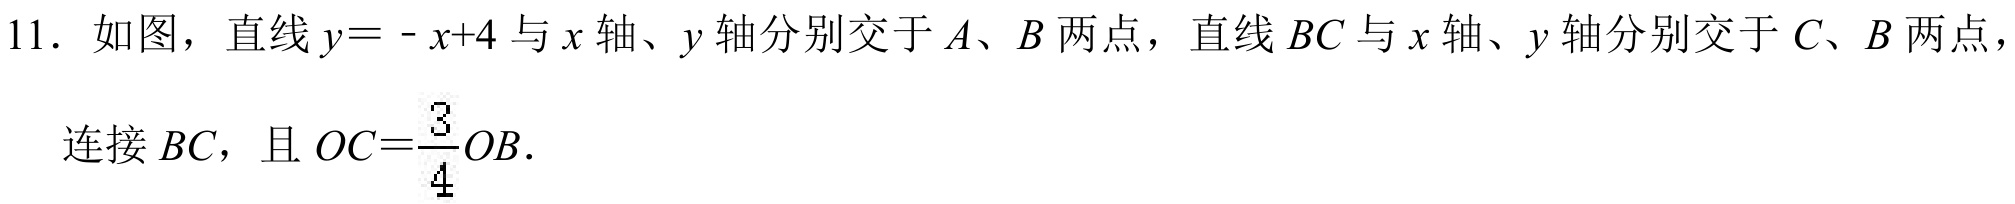
11. 如图，直线\(y = -x + 4\)与\(x\)轴、\(y\)轴分别交于\(A、B\)两点，直线\(BC\)与\(x\)轴、\(y\)轴分别交于\(C、B\)两点，
连接\(BC\)，且\(OC=\frac{3}{4}OB\).